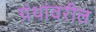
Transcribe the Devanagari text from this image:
ग्रंथांवरील